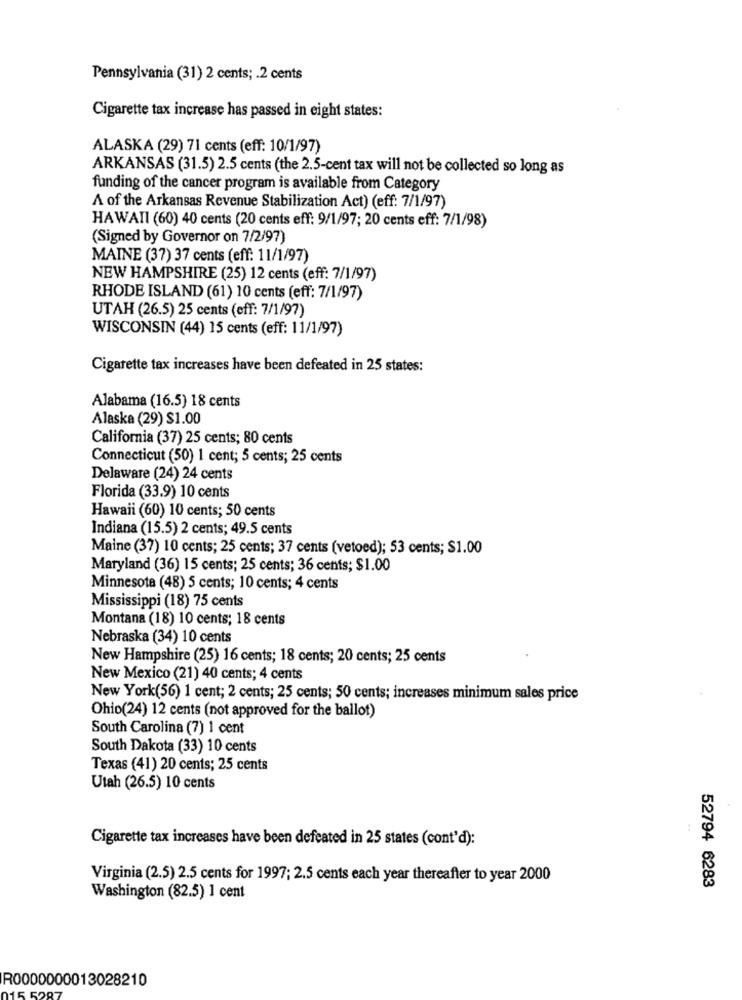
Pennsylvania (31) 2 cents; . 2 cents
Cigarette tax increase has passed in eight states:
ALASKA (29) 71 cents (eff: 10/1/97)
ARKANSAS (31.5) 2.5 cents (the 2.5-cent tax will not be collected so long as
funding of the cancer program is available from Category
A of the Arkansas Revenue Stabilization Act) (eff: 7/1/97)
HAWAII (60) 40 cents (20 cents eff: 9/1/97; 20 cents eff: 7/1/98)
(Signed by Governor on 7/2/97)
MAINE (37) 37 cents (eff: 11/1/97)
NEW HAMPSHIRE (25) 12 cents (eff: 7/1/97)
RHODE ISLAND (61) 10 cents (eff: 7/1/97)
UTAH (26.5) 25 cents (eff: 7/1/97)
WISCONSIN (44) 15 cents (eff: 11/1/97)
Cigarette tax increases have been defeated in 25 states:
Alabama (16.5) 18 cents
Alaska (29) $1.00
California (37) 25 cents; 80 cents
Connecticut (50) 1 cent; 5 cents; 25 cents
Delaware (24) 24 cents
Florida (33.9) 10 cents
Hawaii (60) 10 cents; 50 cents
Indiana (15.5) 2 cents; 49.5 cents
Maine (37) 10 cents; 25 cents; 37 cents (vetoed); 53 cents; $1.00
Maryland (36) 15 cents; 25 cents; 36 cents; $1.00
Minnesota (48) 5 cents; 10 cents; 4 cents
Mississippi (18) 75 cents
Montana (18) 10 cents; 18 cents
Nebraska (34) 10 cents
New Hampshire (25) 16 cents; 18 cents; 20 cents; 25 cents
New Mexico (21) 40 cents; 4 cents
New York(56) 1 cent; 2 cents; 25 cents; 50 cents; increases minimum sales price
Ohio(24) 12 cents (not approved for the ballot)
South Carolina (7) 1 cent
South Dakota (33) 10 cents
Texas (41) 20 cents; 25 cents
Utah (26.5) 10 cents
Cigarette tax increases have been defeated in 25 states (cont'd):
Virginia (2.5) 2.5 cents for 1997; 2.5 cents each year thereafter to year 2000
52794 6283
Washington (82.5) 1 cent
R0000000013028210
15 529